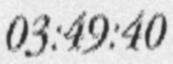
03:49:40